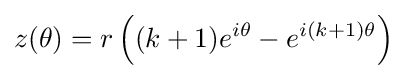
z(\theta )=r\left((k+1)e^{i\theta }-e^{i(k+1)\theta }\right)